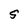
Character: 5